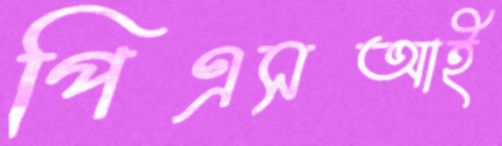
পিএসআই